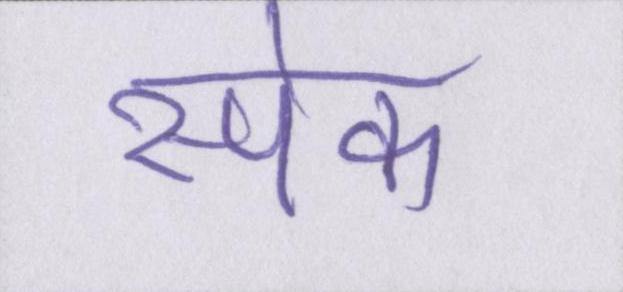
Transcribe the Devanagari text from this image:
स्पेक